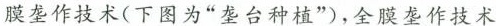
膜垄作技术(下图为”垄台种植”)，全膜垄作技术